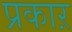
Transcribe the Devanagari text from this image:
प्रकाऱ